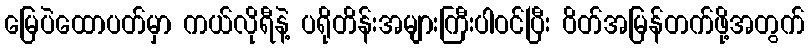
မြေပဲထောပတ်မှာ ကယ်လိုရီနဲ့ ပရိုတိန်းအများကြီးပါဝင်ပြီး ဝိတ်အမြန်တက်ဖို့အတွက်